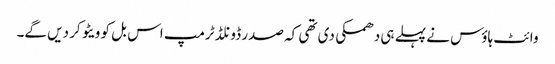
وائٹ ہاؤس نے پہلے ہی دھمکی دی تھی کہ صدر ڈونلڈ ٹرمپ اس بل کو ویٹو کر دیں گے۔